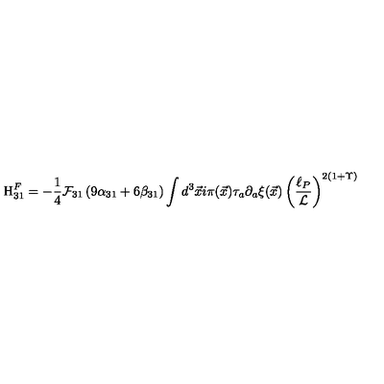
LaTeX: \mathrm { H } _ { 3 1 } ^ { F } = - \frac { 1 } { 4 } { \cal F } _ { 3 1 } \left( 9 \alpha _ { 3 1 } + 6 \beta _ { 3 1 } \right) \int d ^ { 3 } { \vec { x } } i \pi ( { \vec { x } } ) \tau _ { a } \partial _ { a } { \xi } ( \vec { x } ) \left( \frac { \ell _ { P } } { { \cal L } } \right) ^ { 2 \left( 1 + \Upsilon \right) }